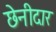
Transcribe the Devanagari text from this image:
छेनीदार